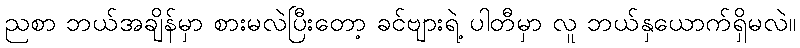
ညစာ ဘယ်အချိန်မှာ စားမလဲပြီးတော့ ခင်ဗျားရဲ့ ပါတီမှာ လူ ဘယ်နှယောက်ရှိမလဲ။